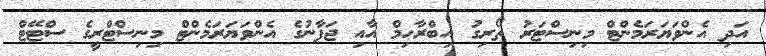
އަދި އެންވަޔަރަމެންޓް މިނިސްޓަރު ތޯރިގު އިބްރާހިމް އާއި ޖަޕާނުގެ އެންވަޔަރަމެންޓް މިނިސްޓްރީގެ ސްޓޭޓް